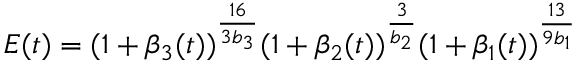
E ( t ) = ( 1 + \beta _ { 3 } ( t ) ) ^ { \frac { 1 6 } { 3 b _ { 3 } } } ( 1 + \beta _ { 2 } ( t ) ) ^ { \frac { 3 } { b _ { 2 } } } ( 1 + \beta _ { 1 } ( t ) ) ^ { \frac { 1 3 } { 9 b _ { 1 } } }